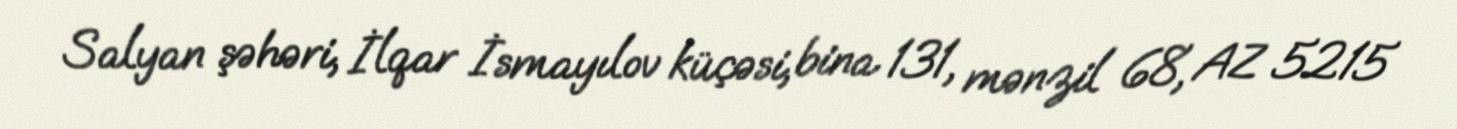
Salyan şəhəri, İlqar İsmayılov küçəsi, bina 131, mənzil 68, AZ 5215